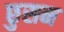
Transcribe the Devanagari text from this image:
छुसन